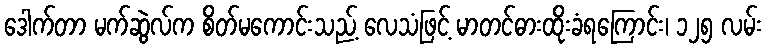
ဒေါက်တာ မက်ဆွဲလ်က စိတ်မကောင်းသည့် လေသံဖြင့် မာတင်ဓားထိုးခံရကြောင်း၊ ၁၂၅ လမ်း